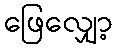
ဖြေလျှော့